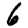
Digit: 6